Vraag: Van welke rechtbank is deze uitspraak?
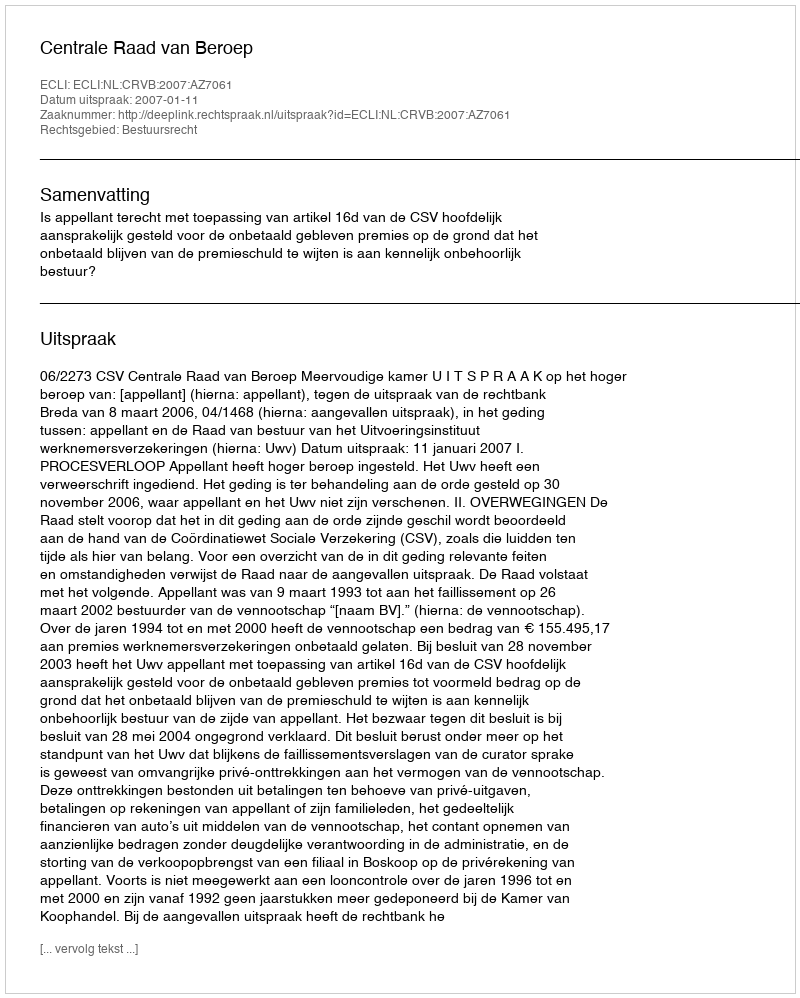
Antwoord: Centrale Raad van Beroep